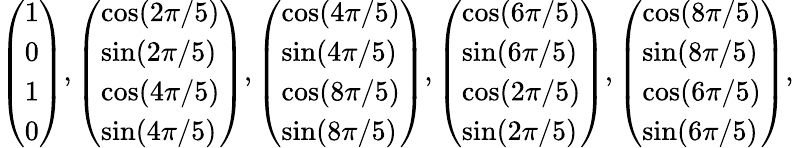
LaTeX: {\left(\begin{array}{l}{1}\\ {0}\\ {1}\\ {0}\end{array}\right)},{\left(\begin{array}{l}{\cos(2\pi/5)}\\ {\sin(2\pi/5)}\\ {\cos(4\pi/5)}\\ {\sin(4\pi/5)}\end{array}\right)},{\left(\begin{array}{l}{\cos(4\pi/5)}\\ {\sin(4\pi/5)}\\ {\cos(8\pi/5)}\\ {\sin(8\pi/5)}\end{array}\right)},{\left(\begin{array}{l}{\cos(6\pi/5)}\\ {\sin(6\pi/5)}\\ {\cos(2\pi/5)}\\ {\sin(2\pi/5)}\end{array}\right)},{\left(\begin{array}{l}{\cos(8\pi/5)}\\ {\sin(8\pi/5)}\\ {\cos(6\pi/5)}\\ {\sin(6\pi/5)}\end{array}\right)},